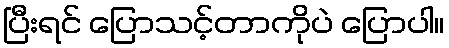
ပြီးရင် ပြောသင့်တာကိုပဲ ပြောပါ။